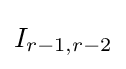
I_{r-1,r-2}